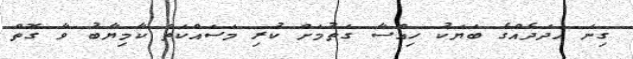
ގިނަ އަދަދެއްގެ ބަޔަކު ހިއްސާ ގަތުމަށް ކުރި މަސައްކަތް ކާމިޔާބު ވާ ގޮތް